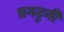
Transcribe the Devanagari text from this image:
प्रगटुनी